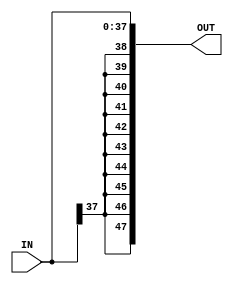
module sign_ext #(parameter IN_WIDTH = 38, OUT_WIDTH = 48)
(
	input wire  [IN_WIDTH-1:0]  IN,
	output wire [OUT_WIDTH-1:0] OUT
);
	localparam EXT_WIDTH = OUT_WIDTH - IN_WIDTH;
	
	assign OUT = { {EXT_WIDTH{IN[IN_WIDTH-1]}}, IN} ;

endmodule